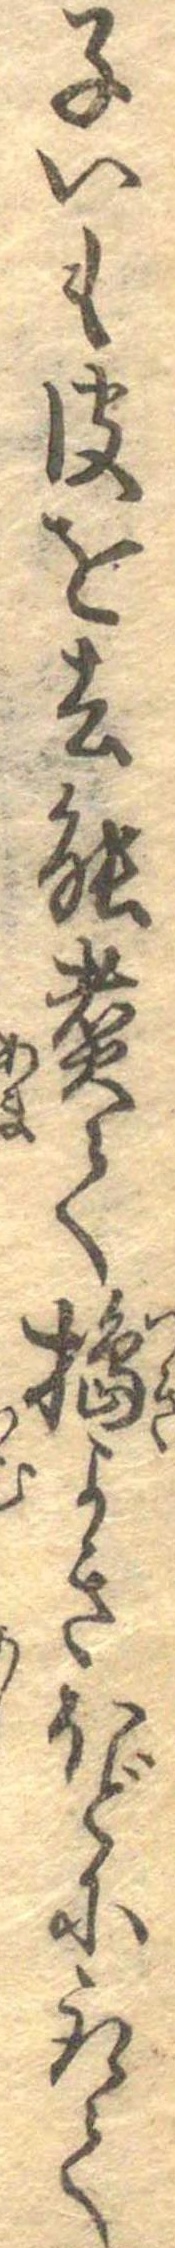
子いも皮を去能煮て搗よきほどに取て